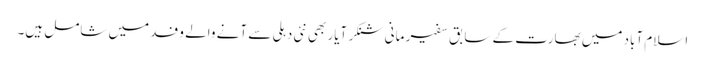
اسلام آباد میں بھارت کے سابق سفیر مانی شنکر آیار بھی نئی دہلی سے آنے والے وفد میں شامل ہیں۔